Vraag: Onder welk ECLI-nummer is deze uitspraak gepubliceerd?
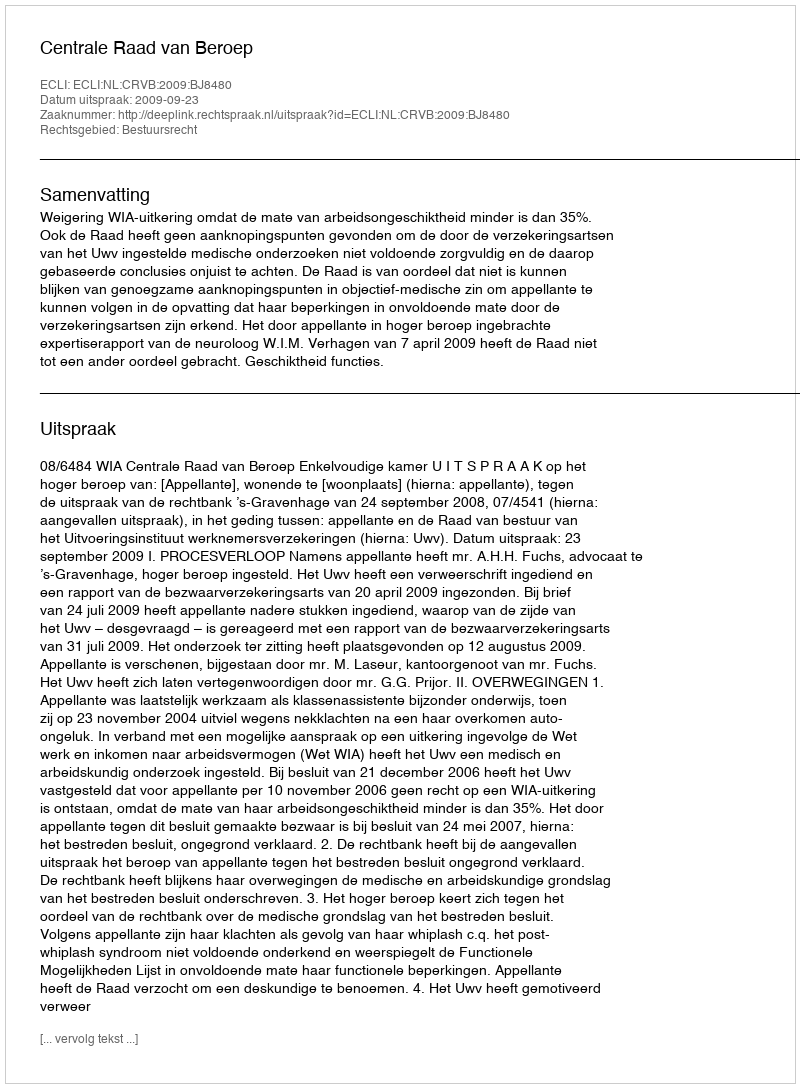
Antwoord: ECLI:NL:CRVB:2009:BJ8480